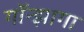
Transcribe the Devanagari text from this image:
गॉन्झागा